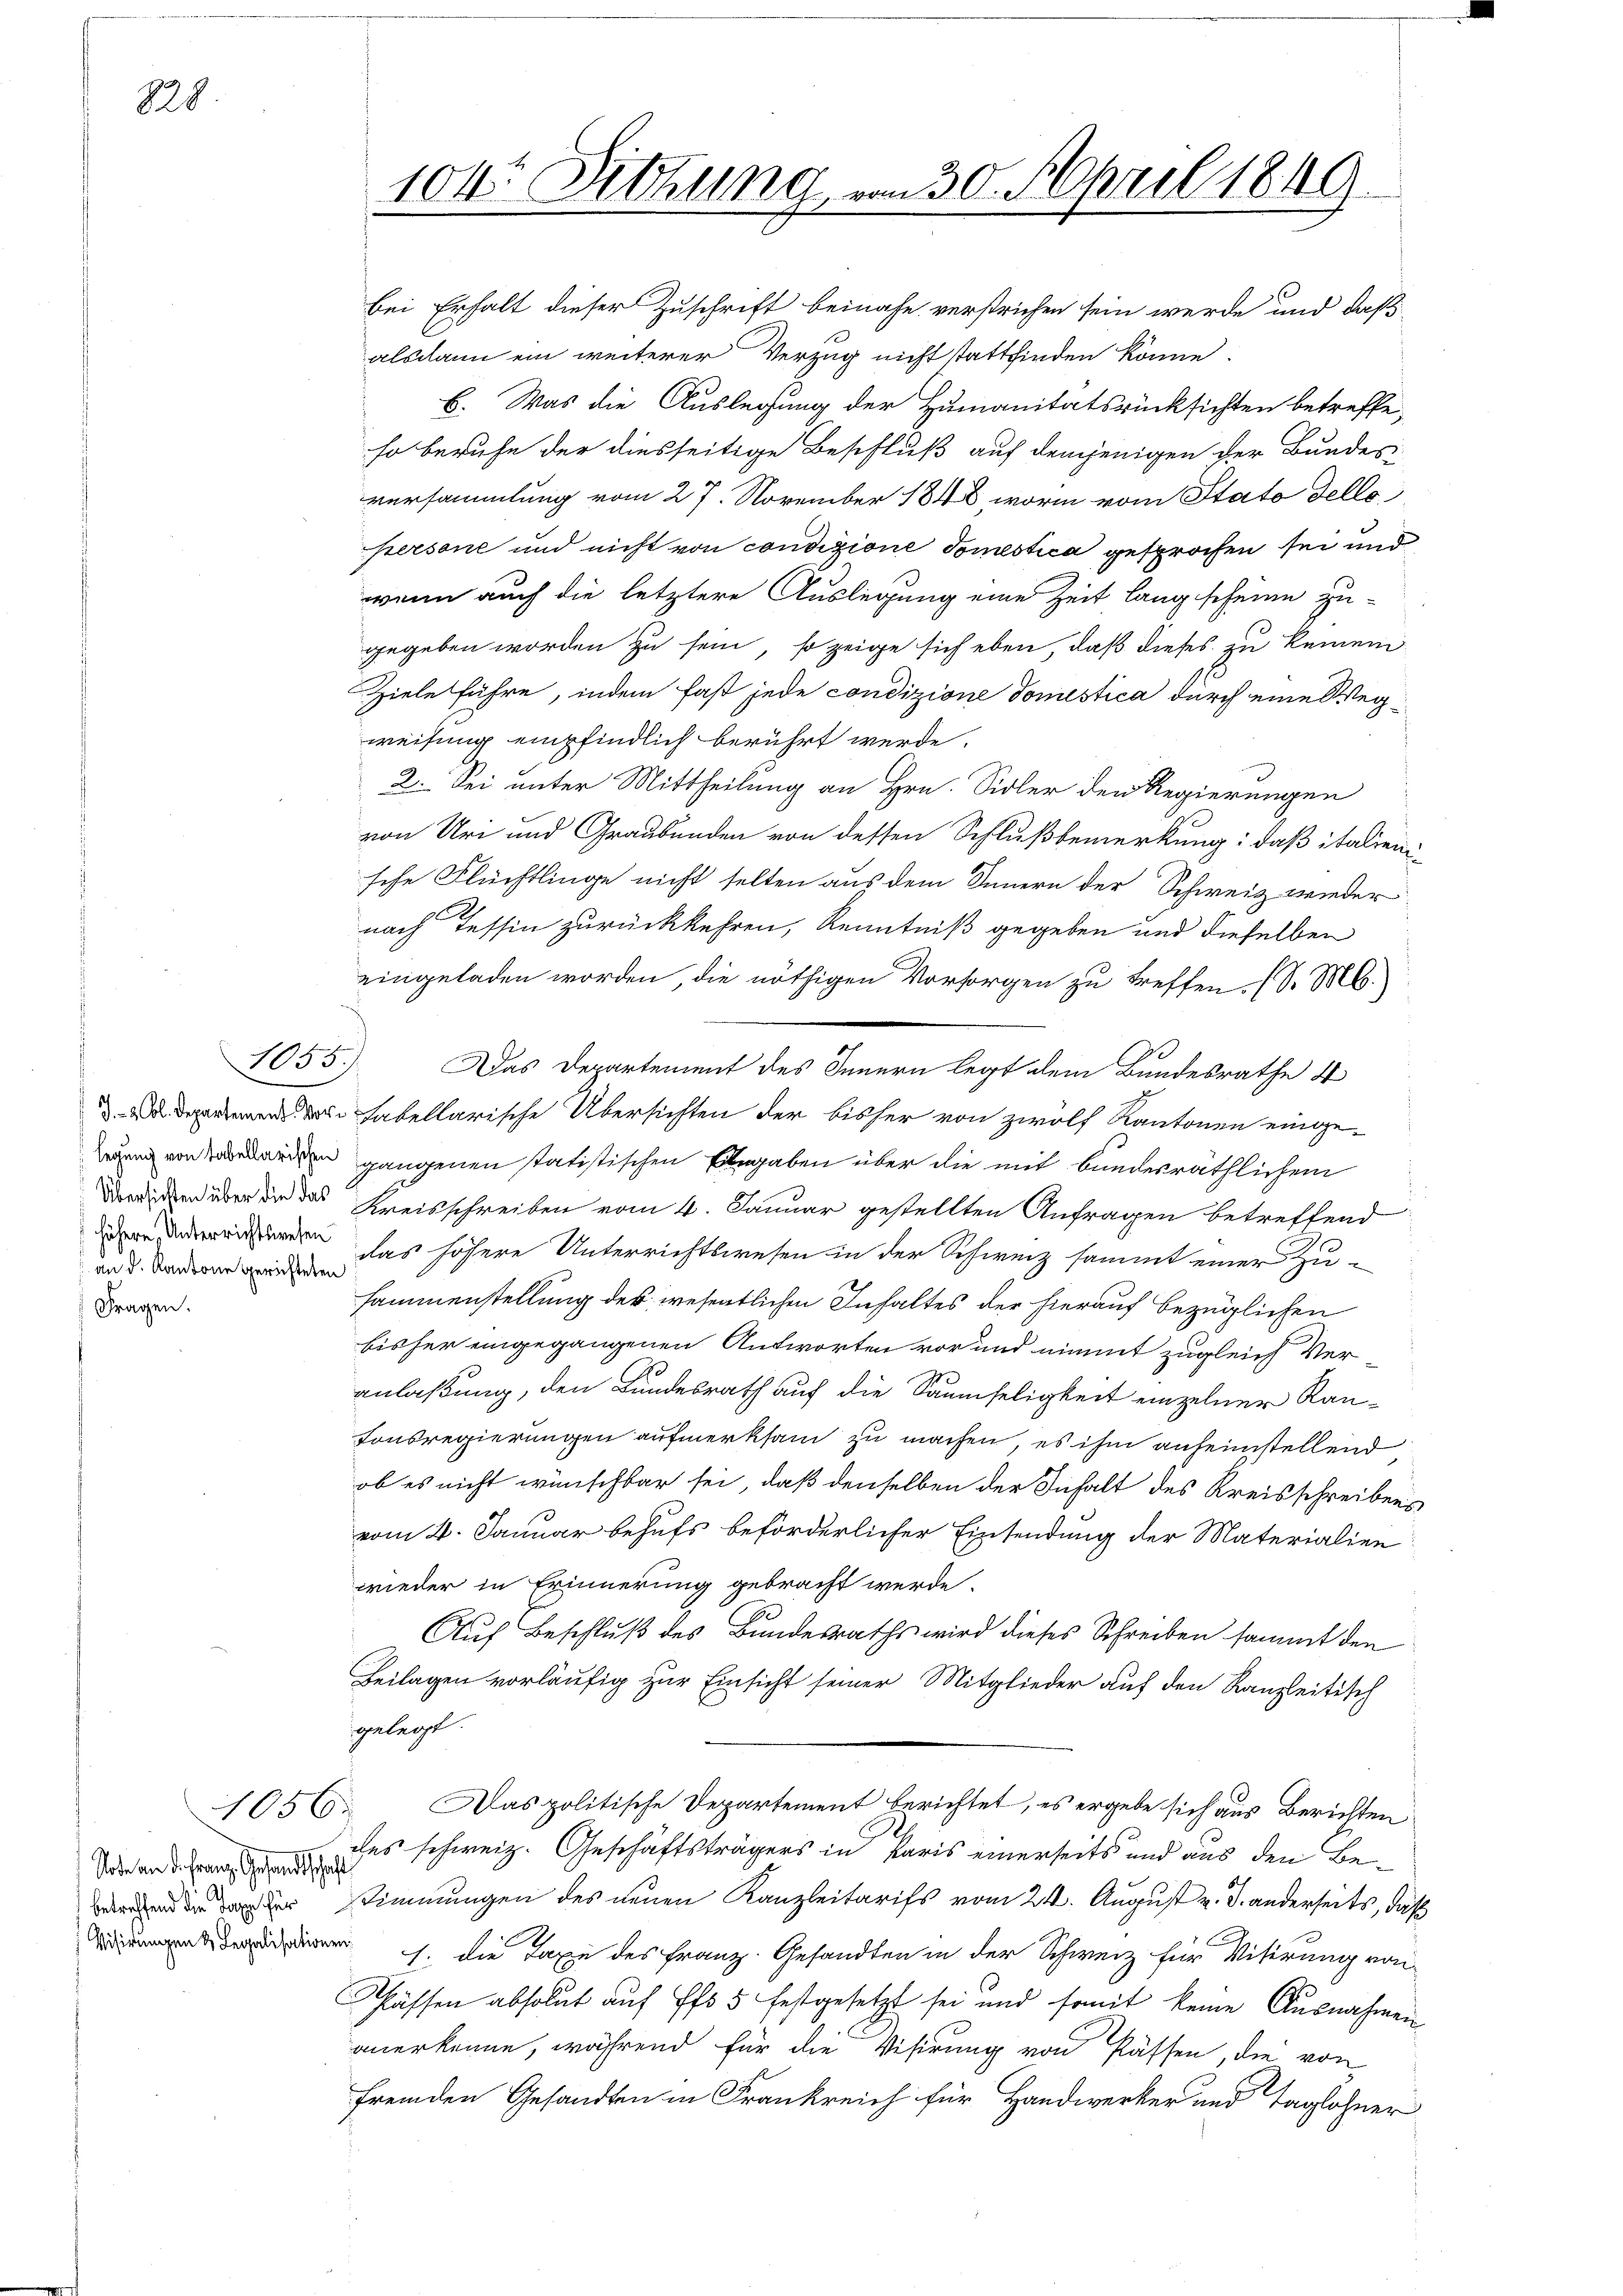
828

an d. Kantone gerichteten
Fragen.

Soden an die Franz. Gesandtschaft
Visirungen & Legalisationen

1056.

104. Sitzung, vom 30. April 1849.

bei Erhalt dieser Zuschrift beinahe verstrichen sein werde und daß
alsdann ein weiterer Verzug nicht stattfinden könne.
6. Was die Auslegung der Humanitätsrücksichten betreffe,
so beruhe der diesseitige Beschluß auf demjenigen der Bundes-
versammlung vom 27. November 1848, worin vom Stato dello
persone und nicht von condizione domestica gesprochen sei und
wenn auch die letztere Auslegung eine Zeit lang scheine zu-
gegeben worden zu sein, so zeige sich eben, daß dieses zu keinem
Ziele führe, indem fast jede condizione domistica durch eine Wegweisung empfindlich berührt werde.
2. Sei unter Mittheilung an Hrn. Sidler den Regierungen
von Uri und Graubünden von dessen Schlußbemerkung: daß italienische Flüchtlinge nicht selten aus dem Innern der Schweiz wieder
nach Tessin zurückkehren, Kenntniß gegeben und dieselben
eingeladen worden, die nöthigen Vorsorgen zu treffen. (S. M.
1055.) Das Departement des Innern legt dem Bundesrathe 4
ed fabellarische Übersichten der bisher von zwölf Kantonen eingeoden gangenen statistischen Eingaben über die mit bundesräthlichem
 über die das Kreisschreiben vom 4. Januar gestellten Anfragen betreffend
n das höhere Unterrichtswesen in der Schweiz sammt einer Zu-
sammenstellung des wesentlichen Inhaltes der hierauf bezüglichen
bisher eingegangenen Antworten vor und nimmt zugleich Ver-
anlaßung, den Bundesrath auf die Saumseligkeit einzelner Kan¬
Tonsregierungen aufmerksam zu machen, es ihm anheimstellend
ob es nicht wünschbar sei, daß denselben der Inhalt des Kreisschreibens
vom 4. Januar behufs beförderlicher Einsendung der Materialien
wieder in Erinnerung gebracht werde.
Auf Beschluß des Bundesraths wird dieses Schreiben sammt den
Beilagen vorläufig zur Einsicht seiner Mitglieder auf den Kanzleitisch
gelegt.
Das politische Departement berichtet, es ergebe sich aus Berichten
des schweiz. Geschäftsträgers in Paris einerseits und aus den Be¬
  der Stimmungen des neuen Kanzleitarifs vom 24. August v. J. anderseits, daß
1. die Taxe des Franz. Gesandten in der Schweiz für Visirung vor-
Pässen absolut auf Pfs 5 festgesetzt sei und somit keine Ausnahmen
anerkenne, während für die Visirung von Pässen, die von
fremden Gesandten in Frankreich für Handwerker und Taglohner